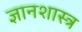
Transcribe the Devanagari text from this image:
ज्ञानशास्त्र